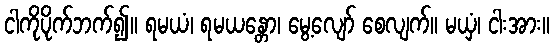
ငါကိုပိုက်ဘက်၍။ ရမယံ၊ ရမယန္တော၊ မွေ့လျော် စေလျက်။ မယှံ၊ ငါးအား။